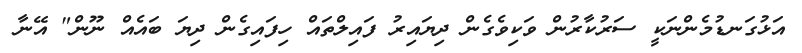
އަޅުގަނޑުމެންނަކީ ސަރުކާރުން ވަކިވެގެން ދިޔައިރު ފައިލްތައް ހިފައިގެން ދިޔަ ބައެއް ނޫން" އޭނާ